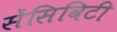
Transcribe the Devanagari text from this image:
सेंसिविटी